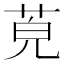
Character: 𦯜